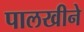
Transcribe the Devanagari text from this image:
पालखीने